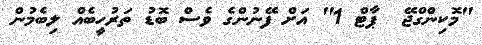
"މޮކިންގްޖޭ  ޕާޓް 1" އަށް ފޭނުންގެ ވެސް ބޮޑު ތަރުހީބެއް ލިބެމުން